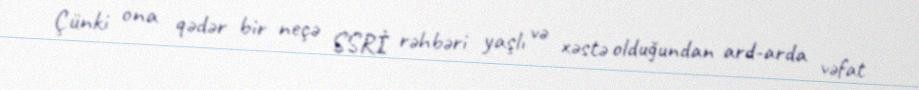
Çünki ona qədər bir neçə SSRİ rəhbəri yaşlı və xəstə olduğundan ard-arda vəfat